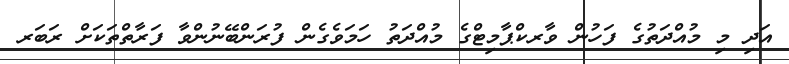
އަދި މި މުއްދަތުގެ ފަހުން ވާރކްޕާމިޓްގެ މުއްދަތު ހަމަވެގެން ފުރަންބޭނުންވާ ފަރާތްތަކަށް ރަބަރ